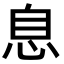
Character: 息